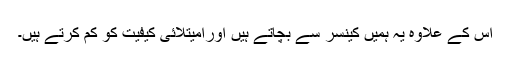
اس کے علاوہ یہ ہمیں کینسر سے بچاتے ہیں اورامیتلائی کیفیت کو کم کرتے ہیں۔